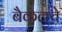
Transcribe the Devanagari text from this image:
बैकलचे